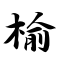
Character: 榆